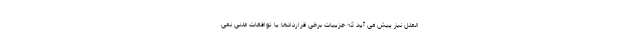
الملل نیز پیش می آید که جزییات برخی قراردادها یا توافقات علنی نمی